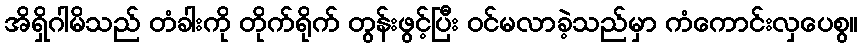
အိရှိဂါမိသည် တံခါးကို တိုက်ရိုက် တွန်းဖွင့်ပြီး ဝင်မလာခဲ့သည်မှာ ကံကောင်းလှပေစွ။